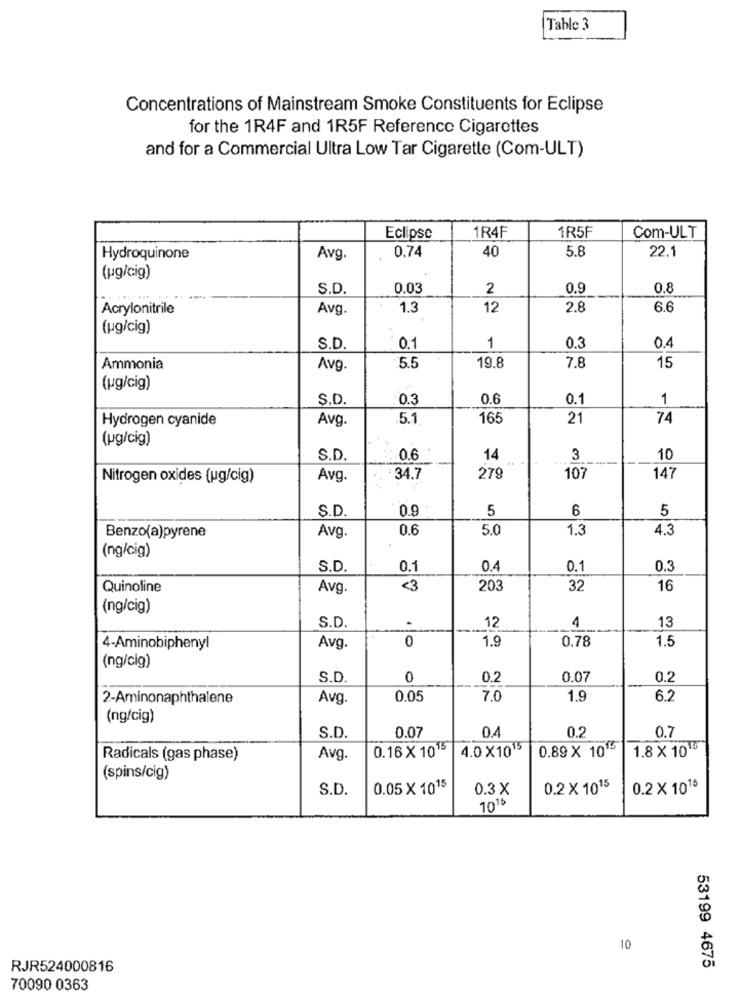
Table 3
Concentrations of Mainstream Smoke Constituents for Eclipse
for the 1R4F and 1R5F Reference Cigarettes
and for a Commercial Ultra Low Tar Cigarette (Com-ULT)
Eclipse
1R4F
1R5F
Com-ULT
0.74
40
5.8
22.1
Hydroquinone
Avg.
(pg/cig)
S.D.
0.03
2
0.9
0.8
Acrylonitrile
Avg.
1.3
12
2.8
6.6
(pg/cig)
S.D.
0.1
1
0.3
0.4
19.8
Ammonia
Avg.
5.5
7.8
15
(ug/cig)
S.D.
0.3
0.6
0.1
1
Hydrogen cyanide
Avg.
5.1
165
21
74
(pg/cig)
S.D.
0.6
14
3
10
Nitrogen oxides (ug/cig)
Avg.
34.7
279
107
147
S.D.
5
6
5
0.9
0.6
5.0
1.3
4.3
Benzo(a)pyrene
Avg.
(ng/cig)
S.D.
0.1
0.4
0.1
0.3
Quinoline
Avg.
<3
203
32
16
(ng/cig)
S.D.
.
12
13
4
0
1.9
0.78
1.5
4-Aminobiphenyl
Avg.
(ng/cig)
S.D.
0
0.2
0.07
0.2
2-Aminonaphthalene
Avg.
0.05
7.0
1.9
6.2
(ng/cig)
0.4
0.2
S.D.
0.07
0.7
0.16 X1015
4.0 X1015
0.89 X 1015
1.8 X 1015
Radicals (gas phase)
Avg.
(spins/cig)
S.D.
0.05 X 1015
0.3 X
0.2 ×1015
0.2 × 1015
701
10
RJR524000816
53199 4675
70090 0363